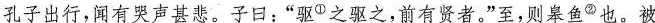
孔子出行，闻有哭声甚悲。子曰：”驱^{①}之驱之，前有贤者。”至，则皋鱼^{②}也。被